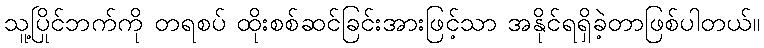
သူ့ပြိုင်ဘက်ကို တရစပ် ထိုးစစ်ဆင်ခြင်းအားဖြင့်သာ အနိုင်ရရှိခဲ့တာဖြစ်ပါတယ်။